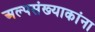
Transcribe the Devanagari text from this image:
अल्पसंख्याकांना